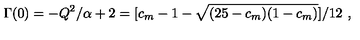
\Gamma ( 0 ) = - Q ^ { 2 } / \alpha + 2 = [ c _ { m } - 1 - \sqrt { ( 2 5 - c _ { m } ) ( 1 - c _ { m } ) } ] / 1 2 \ ,